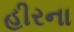
હીરના